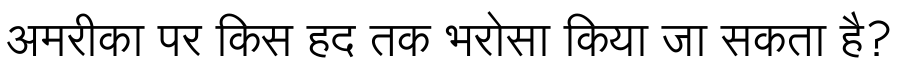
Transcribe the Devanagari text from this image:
अमरीका पर किस हद तक भरोसा किया जा सकता है?